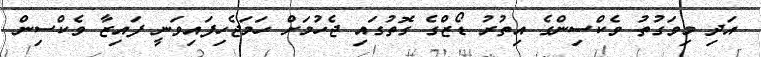
އަދި މިވަގުތު ވެކްސިންގެ އިތުރު ޑޯޒްގެ ގޮތުގައި ޖެހުމަށް ހަމަޖެހިފައިވަނީ ފައިޒާ ވެކްސިން